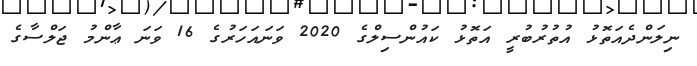
ނިލަންދެއަތޮޅު އުތުރުބުރީ އަތޮޅު ކައުންސިލްގެ 2020 ވަނައަހަރުގެ 16 ވަނަ ޢާންމު ޖަލްސާގެ